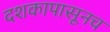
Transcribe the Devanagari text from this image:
दशकापासूनच